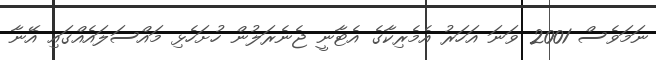
ނަމަވެސް 2001 ވަނަ އަހަރު އެމެރިކާގެ އެޓާނީ ޖެނެރަލުން ހުށަހެޅި މައްސަލައެއްގައި އޭނާ